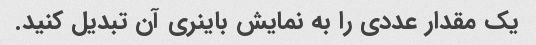
یک مقدار عددی را به نمایش باینری آن تبدیل کنید.